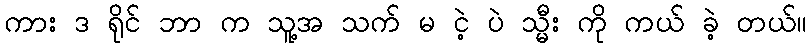
ကား ဒ ရိုင် ဘာ က သူ့အ သက် မ ငဲ့ ပဲ သ္မီး ကို ကယ် ခဲ့ တယ်။